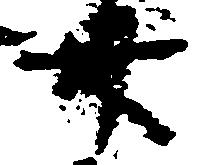
卅